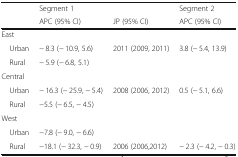
<table><thead><tr><td rowspan="2"></td><td><b>Segment 1</b></td><td></td><td><b>Segment 2</b></td></tr><tr><td><b>APC (95% CI)</b></td><td><b>JP (95% CI)</b></td><td><b>APC (95% CI)</b></td></tr></thead><tbody><tr><td colspan="4">East</td></tr><tr><td> Urban</td><td>− 8.3 (− 10.9, 5.6)</td><td>2011 (2009, 2011)</td><td>3.8 (− 5.4, 13.9)</td></tr><tr><td> Rural</td><td>− 5.9 (− 6.8, 5.1)</td><td></td><td></td></tr><tr><td colspan="4">Central</td></tr><tr><td> Urban</td><td>− 16.3 (− 25.9, − 5.4)</td><td>2008 (2006, 2012)</td><td>0.5 (− 5.1, 6.6)</td></tr><tr><td> Rural</td><td>−5.5 (− 6.5, − 4.5)</td><td></td><td></td></tr><tr><td colspan="4">West</td></tr><tr><td> Urban</td><td>−7.8 (− 9.0, − 6.6)</td><td></td><td></td></tr><tr><td> Rural</td><td>−18.1 (− 32.3, − 0.9)</td><td>2006 (2006,2012)</td><td>− 2.3 (− 4.2, − 0.3)</td></tr></tbody></table>